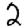
Digit: 2